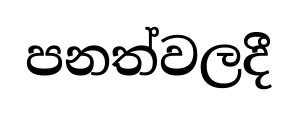
පනත්වලදී